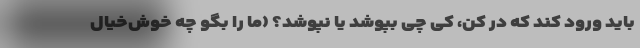
باید ورود کند که در کن، کی چی بپوشد یا نپوشد؟ (ما را بگو چه خوش‌خیال